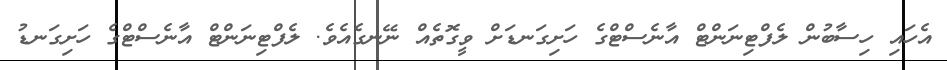
އެހައި ހިސާބުން ލެފްޓިނަންޓް އާނެސްޓްގެ ހަށިގަނޑަށް ވީގޮތެއް ނޭނގެއެވެ. ލެފްޓިނަންޓް އާނެސްޓްގެ ހަށިގަނޑު